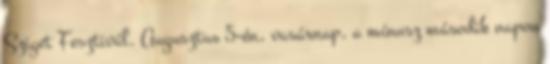
Sziget Fesztivál. Augusztus 5-én, vasárnap, a mínusz második napon